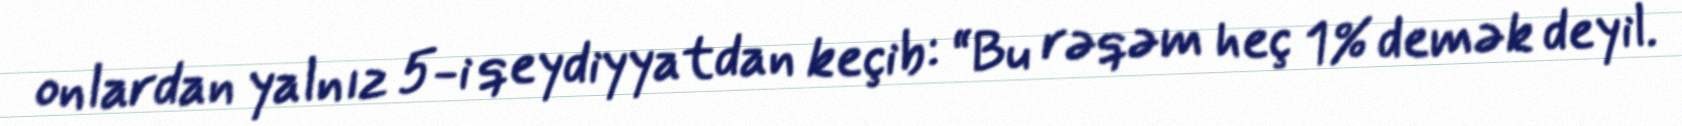
onlardan yalnız 5-i qeydiyyatdan keçib: “Bu rəqəm heç 1% demək deyil.